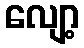
လျော့